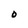
Character: O